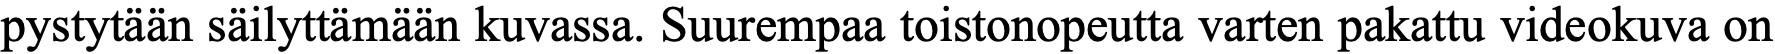
pystytään säilyttämään kuvassa. Suurempaa toistonopeutta varten pakattu videokuva on